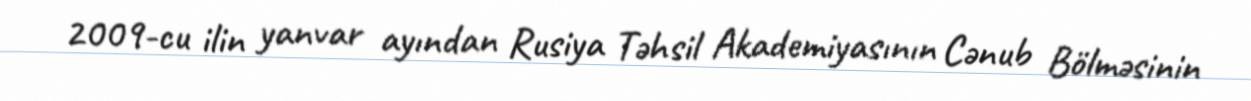
2009-cu ilin yanvar ayından Rusiya Təhsil Akademiyasının Cənub Bölməsinin